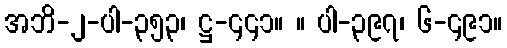
အဘိ-၂-ပါ-၃၅၃၊ ဋ္ဌ-၄၄၁။ ။ ပါ-၃၉၇၊ ၆-၄၉၁။